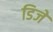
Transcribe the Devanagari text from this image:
डिजे